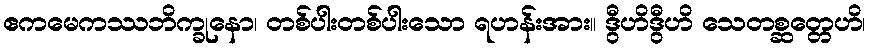
ဧကမေကဿဘိက္ခုနော၊ တစ်ပါးတစ်ပါးသော ရဟန်းအား။ ဒွီဟိဒွီဟိ သေတစ္ဆတ္တေဟိ၊